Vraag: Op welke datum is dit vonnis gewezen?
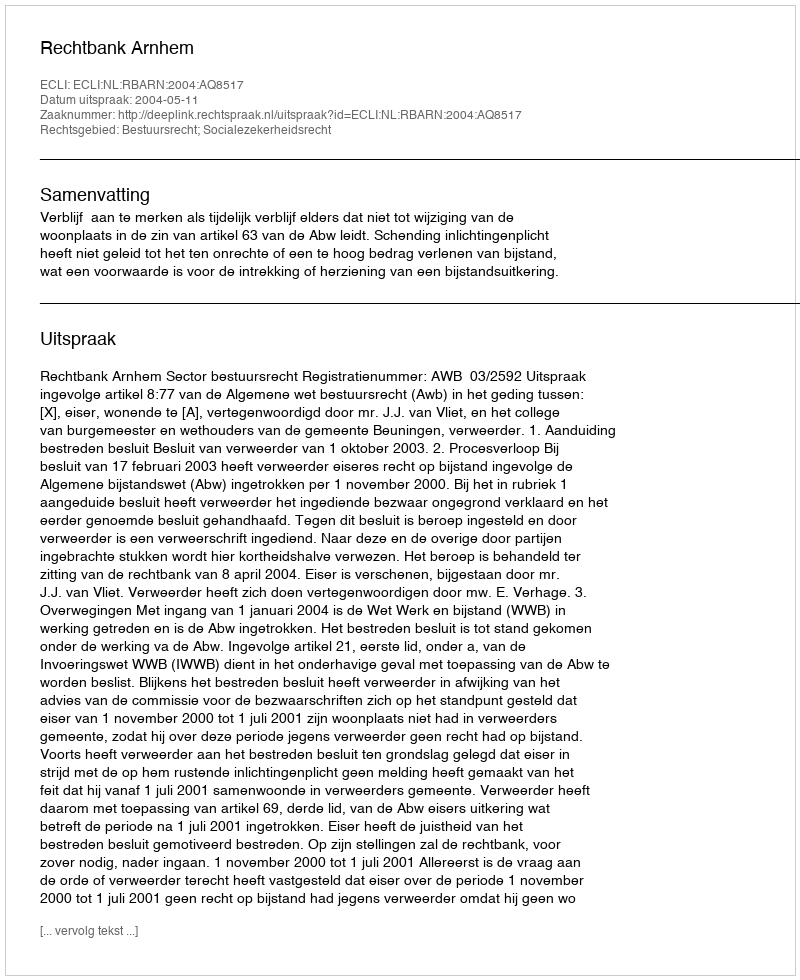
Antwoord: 2004-05-11